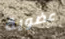
عضوية